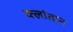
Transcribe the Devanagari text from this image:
क्लांतान